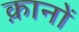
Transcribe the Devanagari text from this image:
क़ानों